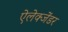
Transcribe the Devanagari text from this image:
ऐलेक्जेंडर